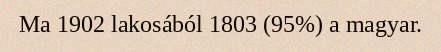
Ma 1902 lakosából 1803 (95%) a magyar.